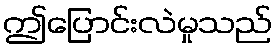
ဤပြောင်းလဲမှုသည်